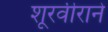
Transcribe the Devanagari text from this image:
शूरवीराने